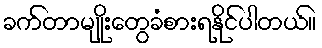
ခက်တာမျိုးတွေခံစားရနိုင်ပါတယ်။